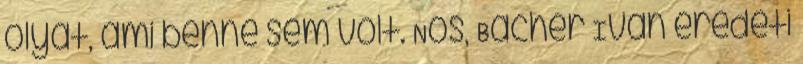
olyat, ami benne sem volt. Nos, Bacher Ivan eredeti